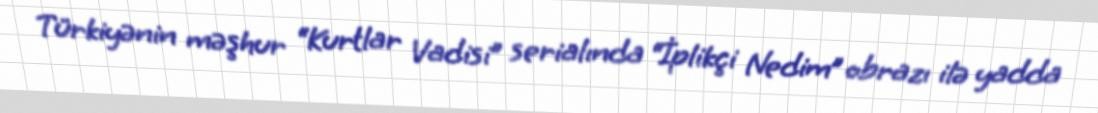
Türkiyənin məşhur “Kurtlar Vadisi” serialında “İplikçi Nedim” obrazı ilə yadda